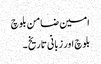
امین ضامن بلوچ
بلوچ اور زبانی تاریخ ۔